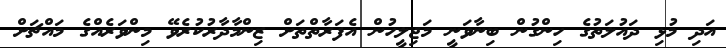
އަދި މުޅި ދައުލަތުގެ ހިންގުން ބިނާވަނީ މަޖިލީހުން އެފަރާތްތަށް ޒިންމާދާރުކުރެވޭ މިންވަރެއްގެ މައްޗަށް